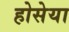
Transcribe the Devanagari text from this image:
होसेया